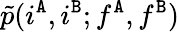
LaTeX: \tilde{p}(i^{\tt A},i^{\tt B};f^{\tt A},f^{\tt B})